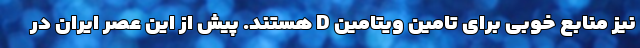
نیز منابع خوبی برای تامین ویتامین D هستند. پیش از این عصر ایران در